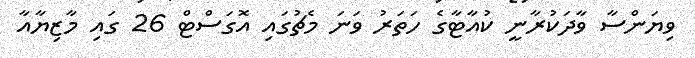
ވިޔަންސާ ވާދަކުރާނީ ކުއާޓާގެ ހަތަރު ވަނަ މެޗުގައި އޮގަސްޓް 26 ގައި މާޒިޔާއާ